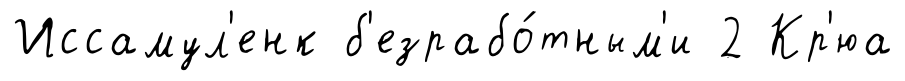
Иссамул'енк б'езрабо́тным'и 2 Кр'юа